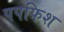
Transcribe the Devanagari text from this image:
पपफिश